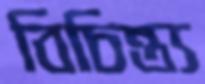
বিচিন্ত্য